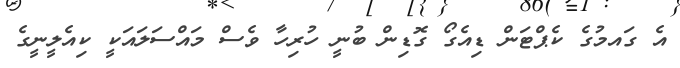
އެ ގައމުގެ ކެޕްޓަން ޑިއެގޯ ގޮޑިން ބުނީ ހުރިހާ ވެސް މައްސަލައަކީ ކިއެލީނީގެ